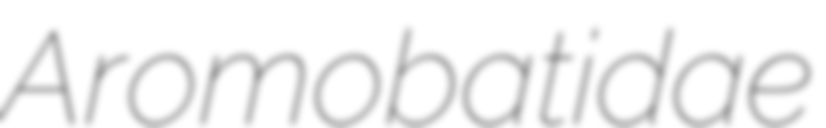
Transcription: Aromobatidae